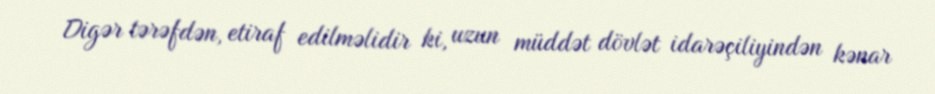
Digər tərəfdən, etiraf edilməlidir ki, uzun müddət dövlət idarəçiliyindən kənar